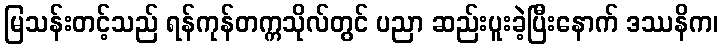
မြသန်းတင့်သည် ရန်ကုန်တက္ကသိုလ်တွင် ပညာ ဆည်းပူးခဲ့ပြီးနောက် ဒဿနိက၊